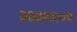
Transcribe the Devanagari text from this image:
२३३६१०१